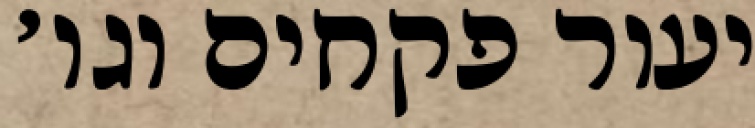
יעור פקחים וגו׳